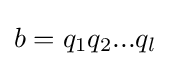
b=q_{1}q_{2}...q_{l}